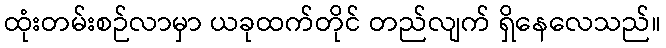
ထုံးတမ်းစဉ်လာမှာ ယခုထက်တိုင် တည်လျက် ရှိနေလေသည်။